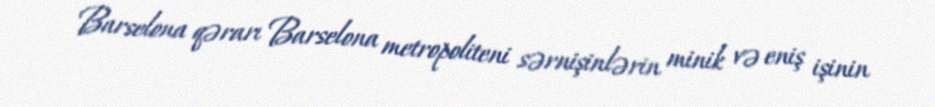
Barselona qərarı Barselona metropoliteni sərnişinlərin minik və eniş işinin